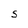
Character: S